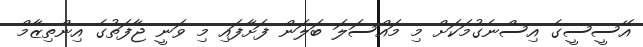
އޭސީސީގެ އިސްނެގުމަކަށް މި މައްސަލަ ބަލަން ފަށާފައި މި ވަނީ ޖާފަތުގެ އިންތިޒާމް